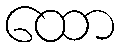
ထော